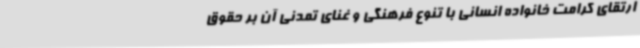
ارتقای کرامت خانواده انسانی با تنوع فرهنگی و غنای تمدنی آن بر حقوق